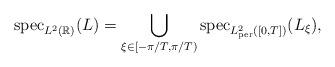
LaTeX: \begin{align*}{\rm spec}_{L^2(\mathbb{R})}(L)=\bigcup_{\xi\in[-\pi/T,\pi/T)}{\rm spec}_{L^2_{\rm per}([0,T])}(L_\xi),\end{align*}